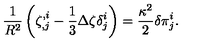
{ \frac { 1 } { R ^ { 2 } } } \left( \zeta _ { , j } ^ { , i } - { \frac { 1 } { 3 } } \Delta \zeta \delta _ { j } ^ { i } \right) = { \frac { \kappa ^ { 2 } } { 2 } } \delta \pi _ { j } ^ { i } .